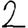
Digit: 2